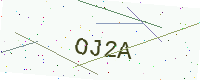
Text: OJ2A